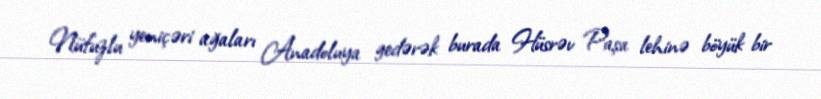
Nüfuzlu yeniçəri ağaları Anadoluya gedərək burada Hüsrəv Paşa lehinə böyük bir